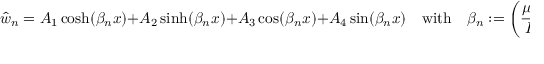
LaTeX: { \hat { w } } _ { n } = A _ { 1 } \cosh ( \beta _ { n } x ) + A _ { 2 } \sinh ( \beta _ { n } x ) + A _ { 3 } \cos ( \beta _ { n } x ) + A _ { 4 } \sin ( \beta _ { n } x ) \quad { \mathrm { w i t h } } \quad \beta _ { n } : = \left( { \frac { \mu \omega _ { n } ^ { 2 } } { E I } } \right) ^ { 1 / 4 } \, .